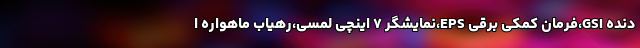
دنده GSI،فرمان کمکی برقی EPS،نمایشگر ۷ اینچی لمسی،رهیاب ماهواره ا